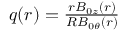
\begin{array} { r } { q ( r ) = \frac { r B _ { 0 z } ( r ) } { R B _ { 0 \theta } ( r ) } } \end{array}